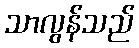
သာလွန်သည်